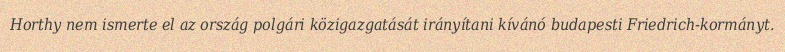
Horthy nem ismerte el az ország polgári közigazgatását irányítani kívánó budapesti Friedrich-kormányt.